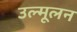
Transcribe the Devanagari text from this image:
उल्मूलन